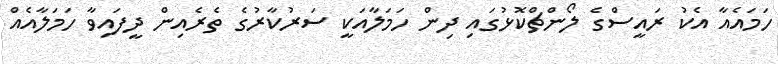
ހަމައެއާ އެކު ރައީސްގެ ލޯންޗްކޮޅުގައި ދިން ހަމަލާއަކީ ސަރުކާރުގެ ތެރެއިން ދީފައިވާ ހަމަލާއެއް